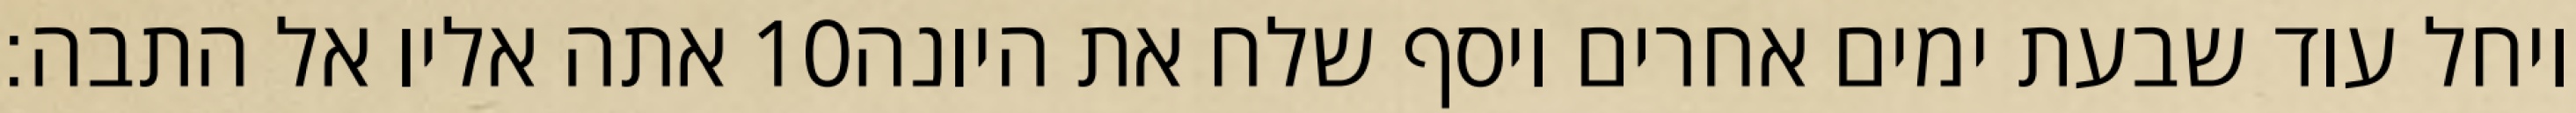
אתה אליו אל התבה׃ ‎10‏ ויחל עוד שבעת ימים אחרים ויסף שלח את היונה